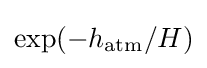
\exp(-h_{\text{atm}}/H)